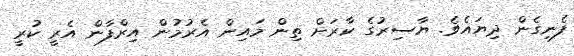
ފެނިގެން ދިޔައެވެ. ޔާސިރުގެ ކާރަށް ތިން މައިން އެރުމުން އިރްފާން އެރީ ކުރީ